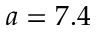
a = 7 . 4